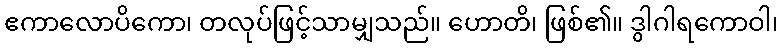
ဧကာလောပိကော၊ တလုပ်ဖြင့်သာမျှသည်။ ဟောတိ၊ ဖြစ်၏။ ဒွါဂါရကောဝါ၊